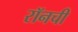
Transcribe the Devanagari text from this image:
रॉनची